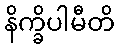
နိက္ခိပါမီတိ